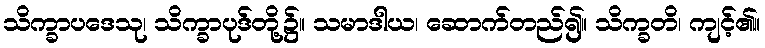
သိက္ခာပဒေသု၊ သိက္ခာပုဒ်တို့၌။ သမာဒါယ၊ ဆောက်တည်၍။ သိက္ခတိ၊ ကျင့်၏။